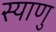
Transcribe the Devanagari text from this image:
स्याणु